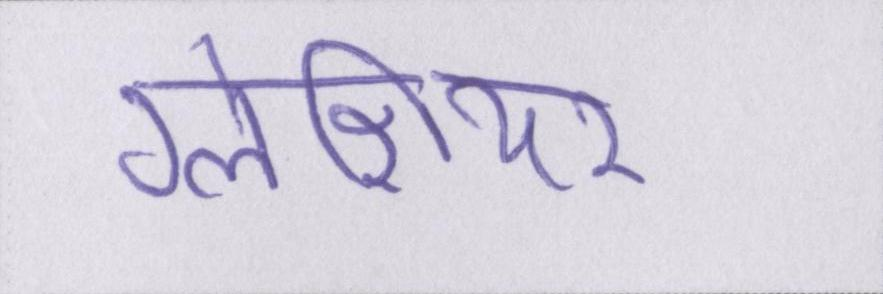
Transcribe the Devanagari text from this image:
ग्लेशियर